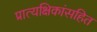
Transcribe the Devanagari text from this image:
प्रात्यक्षिकांसहित